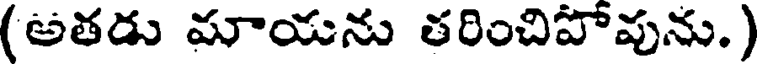
(అతడు మాయను తరించిపోపును.)